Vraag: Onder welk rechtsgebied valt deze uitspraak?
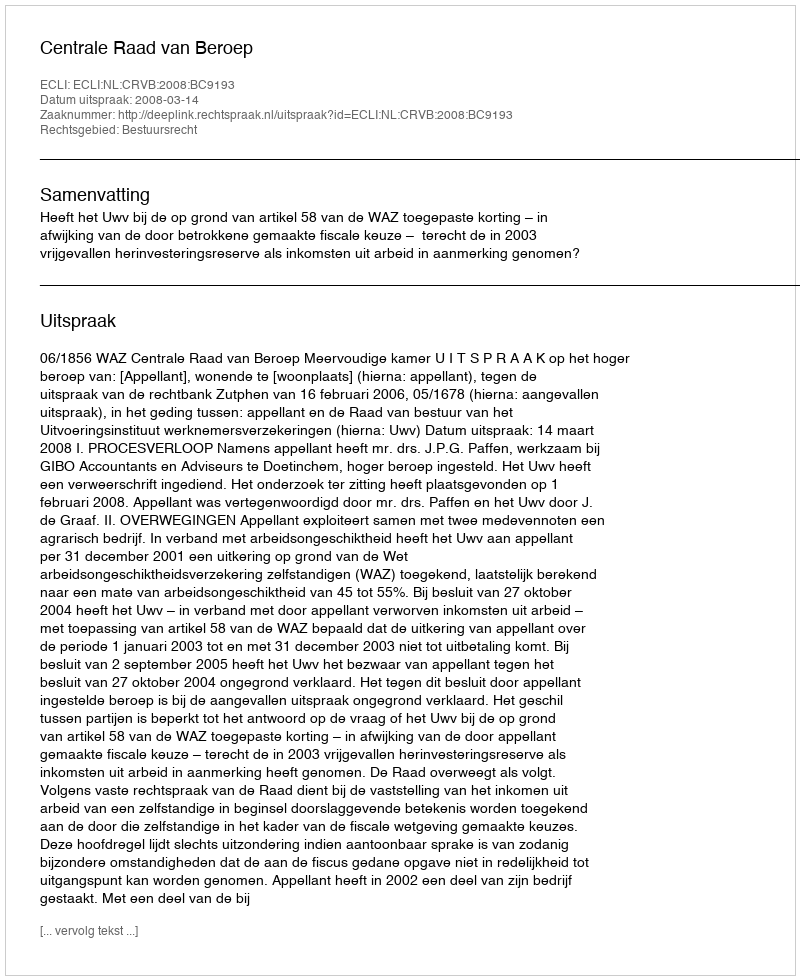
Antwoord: Bestuursrecht